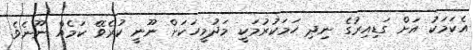
އެކަމަކު އަށް ގަޑިއިރުގެ ނިދި ހަމަކުރުމަކީ މަދުމީހަކަށް ނޫނީ ކުރެވޭ ކަމެއް ނޫނެވެ.